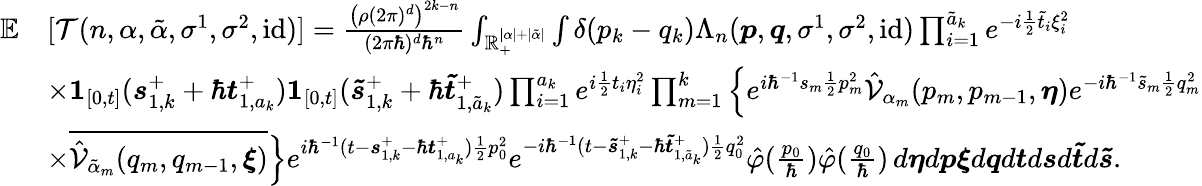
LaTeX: \begin{array}{rl}{\mathbb{E}}&{[\mathcal{T}(n,\alpha,\tilde{\alpha},\sigma^{1},\sigma^{2},\mathrm{id})]=\frac{\left(\rho(2\pi)^{d}\right)^{2k-n}}{(2\pi\hbar)^{d}\hbar^{n}}\int_{\mathbb{R}_{+}^{|\alpha|+|\tilde{\alpha}|}}\int\delta(p_{k}-q_{k})\Lambda_{n}(\boldsymbol{p},\boldsymbol{q},\sigma^{1},\sigma^{2},\mathrm{id})\prod_{i=1}^{\tilde{a}_{k}}e^{-i\frac{1}{2}\tilde{t}_{i}\xi_{i}^{2}}}\\ &{\times\boldsymbol{1}_{[0,t]}(\boldsymbol{s}_{1,k}^{+}+\hbar\boldsymbol{t}_{1,a_{k}}^{+})\boldsymbol{1}_{[0,t]}(\boldsymbol{\tilde{s}}_{1,k}^{+}+\hbar\boldsymbol{\tilde{t}}_{1,\tilde{a}_{k}}^{+})\prod_{i=1}^{a_{k}}e^{i\frac{1}{2}t_{i}\eta_{i}^{2}}\prod_{m=1}^{k}\Big\{ e^{i\hbar^{-1}s_{m}\frac{1}{2}p_{m}^{2}}\hat{\mathcal{V}}_{\alpha_{m}}(p_{m},p_{m-1},\boldsymbol{\eta})e^{-i\hbar^{-1}\tilde{s}_{m}\frac{1}{2}q_{m}^{2}}}\\ &{\times\overline{{\hat{\mathcal{V}}_{\tilde{\alpha}_{m}}(q_{m},q_{m-1},\boldsymbol{\xi})}}\Big\} e^{i\hbar^{-1}(t-\boldsymbol{s}_{1,k}^{+}-\hbar\boldsymbol{t}_{1,a_{k}}^{+})\frac{1}{2}p_{0}^{2}}e^{-i\hbar^{-1}(t-\boldsymbol{\tilde{s}}_{1,k}^{+}-\hbar\boldsymbol{\tilde{t}}_{1,\tilde{a}_{k}}^{+})\frac{1}{2}q_{0}^{2}}\hat{\varphi}(\frac{p_{0}}{\hbar})\hat{\varphi}(\frac{q_{0}}{\hbar})\, d\boldsymbol{\eta}d\boldsymbol{p}\boldsymbol{\xi}d\boldsymbol{q}d\boldsymbol{t}d\boldsymbol{s}d\boldsymbol{\tilde{t}}d\boldsymbol{\tilde{s}}.}\end{array}